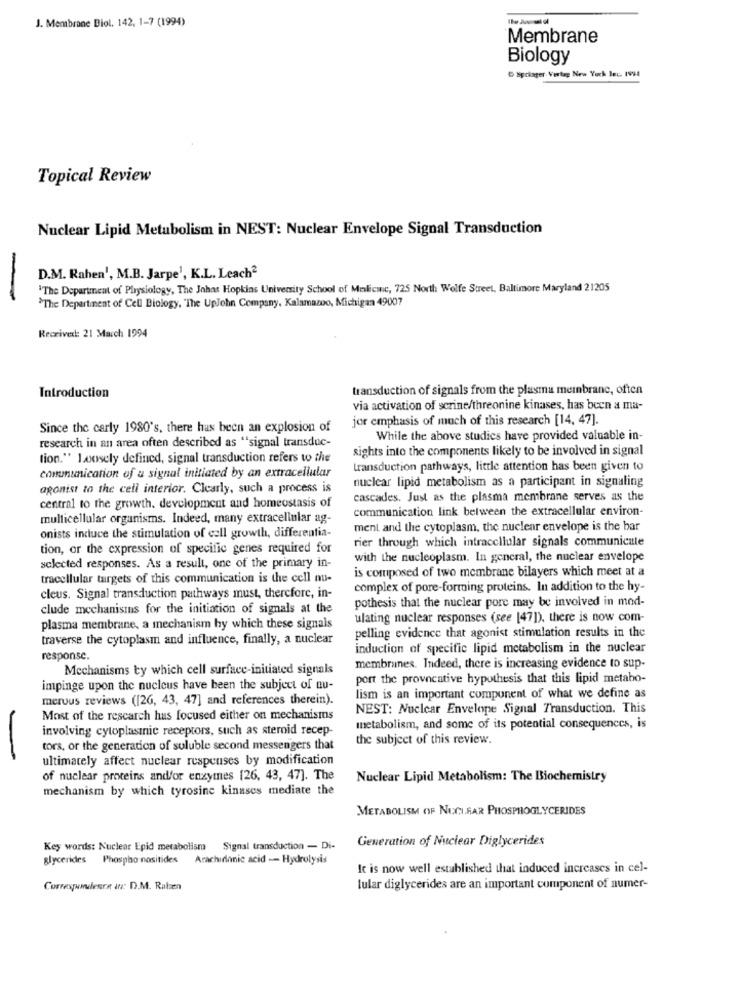
J. Membrane Biol. 142, 1-7 (1994)
Membrane
Biology
" Spolager. Vortag New York lec. 1994
Topical Review
Nuclear Lipid Metabolism in NEST: Nuclear Envelope Signal Transduction
D.M. Rahen', M.B. Jarpe', K.L. Leach2
"The Department of Physiology, The Johns Hopkins University School of Medicine, 725 North Wolfe Street, Baltimore Maryland 21205
"The Department of Cell Biology, "The UpJohn Company, Kalamazoo, Michigan 49007
Received: 21 March 1994
transduction of signals from the plasma membrane, often
Introduction
via activation of scrine/threonine kinases, has been a ma-
jor emphasis of much of this research [14, 47].
Since the carly 1980's, there has been an explosion of
While the above studies have provided valuable in-
research in an area often described as "signal transduc-
sights into the components likely to be involved in signal
tion." Loosely defined, signal transduction refers to the
transduction pathways, little attention has been given to
conununication of a signal initiated by an extracellular
nuclear lipid metabolism as a participant in signaling
agonist to the cell interior. Clearly, such a process is
cascades. Just as the plasma membrane serves as the
central to the growth. development and homeostasis of
communication link between the extracellular environ-
multicellular organisms. Indeed, many extracellular ag-
ment and the cytoplasm, the nuclear envelope is the bar
onists incuce the stimulation of cell growth, differentia-
tion, or the expression of specific genes required for
rier through which intracellular signals communicate
with the nucleoplasm. In general, the nuclear envelope
selected responses. As a result, one of the primary in-
is composed of two membrane bilayers which meet at a
tracellular targets of this communication is the cell nu-
complex of pore-forming proteins. In addition to the hy-
cleus. Signal transduction pathways must, therefore, in-
pothesis that the nuclear pore may be involved in mod-
clude mechanisins for the initiation of signals at the
ulating nuclear responses (see [47]), there is now com-
plasma membrane, a mechanism by which these signals
traverse the cytoplasm and influence, finally, a nuclear
pelling evidence that agonist stimulation results in the
induction of specific lipid metabolism in the nuclear
response.
Mechanisms ty which cell surface-initiated signals
membranes. Indeed, there is increasing evidence to sup-
port the provocative hypothesis that this lipid metabo-
impinge upon the nucleus have been the subject of nu-
merous reviews ([26, 43, 47] and references therein).
lism is an important component of what we define as
NEST: Nuclear Envelope Signal Transduction. This
Most of the research has focused either on mechanisms
involving cytoplasmnic receptors, such as steroid recep-
metabolism, and some of its potential consequences, is
the subject of this review.
tors, or the generation of suluble second messengers that
-
ultimately affect nuclear responses by modification
of nuclear proteins and/or enzymes [26, 43, 47]. The
Nuclear Lipid Metabolism: The Biochemistry
mechanism by which tyrosine kinases mediate the
METABOLISM OF NOCI.FAR PHOSPHOGLYCERIDES
Generation of Nuclear Diglycerides
Key words: Nuclear Epid metabolism Signal transduction - Di-
glycerides Phospho nositides
Arachidinic acid - Hydrolysis
It is now well established that induced increases in cel-
Correspondence in: D.M. Rulzen
lular diglycerides are an important component of numer-